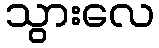
သွားလေ